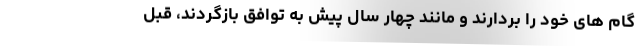
گام های خود را بردارند و مانند چهار سال پیش به توافق بازگردند، قبل